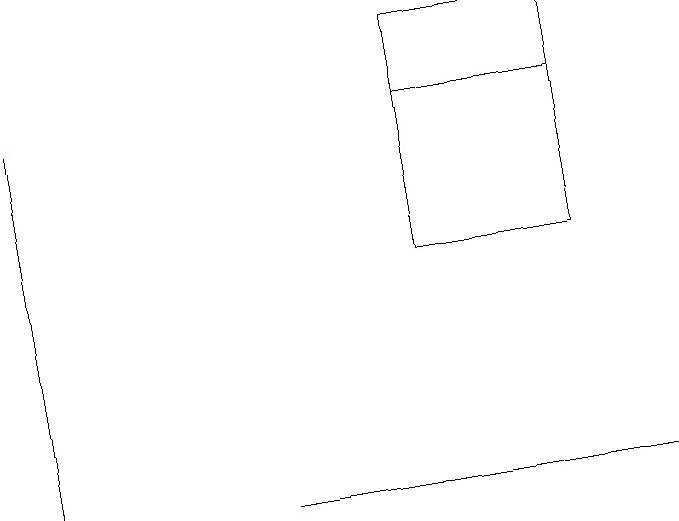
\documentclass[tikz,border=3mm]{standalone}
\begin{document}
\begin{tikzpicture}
\draw (0,10) rectangle (0,15);
\draw (7,15) rectangle (5,15);
\draw[->] (3,10) -- (8,10);
\draw (5,16) rectangle (7,13);
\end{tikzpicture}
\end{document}